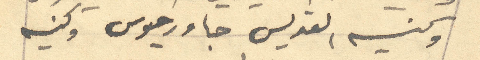
وكنيسه القديس جاورجيوس وكنيسه